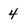
Character: 4